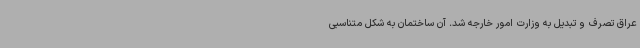
عراق تصرف و تبدیل به وزارت امور خارجه شد. آن ساختمان به شکل متناسبی